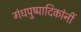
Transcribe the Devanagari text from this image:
गंधपुष्पादिकांनीं